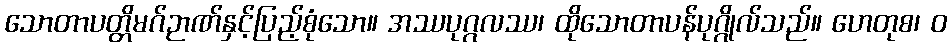
သောတာပတ္တိမဂ်ဉာဏ်နှင့်ပြည့်စုံသော။ အဿပုဂ္ဂလဿ၊ ထိုသောတာပန်ပုဂ္ဂိုလ်သည်။ ဟေတုစ၊ ဝ